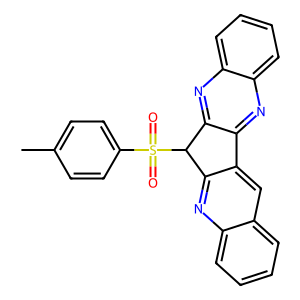
SMILES: Cc1ccc(S(=O)(=O)C2c3nc4ccccc4cc3-c3nc4ccccc4nc32)cc1
Inhibits HIV replication: No